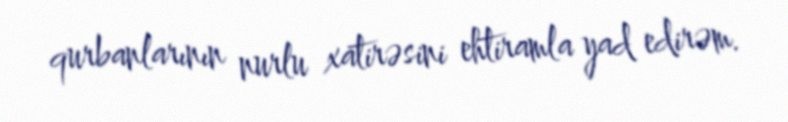
qurbanlarının nurlu xatirəsini ehtiramla yad edirəm.